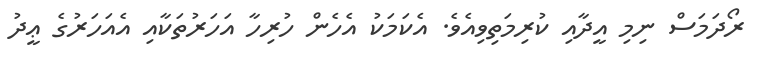
ރޯދަމަސް ނިމި އީދާއި ކުރިމަތިވިއެވެ. އެކަމަކު އެހެން ހުރިހާ އަހަރުތަކާއި އެއަހަރުގެ ޢީދު